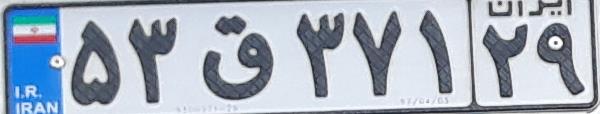
۵۳ق۳۷۱۲۹